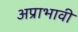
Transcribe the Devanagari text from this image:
अप्राभावी